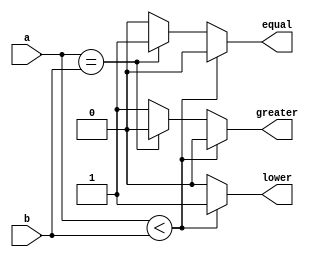
module comparator ( a ,b ,equal ,greater ,lower );

output equal ;
reg equal ;
output greater ;
reg greater ;
output lower ;
reg lower ;

input [3:0] a ;
wire [3:0] a ;
input [3:0] b ;
wire [3:0] b ;

always @ (a or b) begin
    $dumpfile("comparator.vcd");
    $dumpvars(0, comparator);
    
 if (a<b) begin
  equal = 0;
  lower = 1;
  greater = 0;
 end else if (a==b) begin
  equal = 1;
  lower = 0;
  greater = 0;
 end else begin
  equal = 0;
  lower = 0;
  greater = 1;
 end
end
 

endmodule